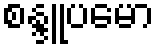
စန္ဒူပမော